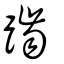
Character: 𪘏